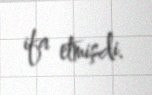
ifa etmişdi.